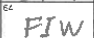
Transcription: FIW